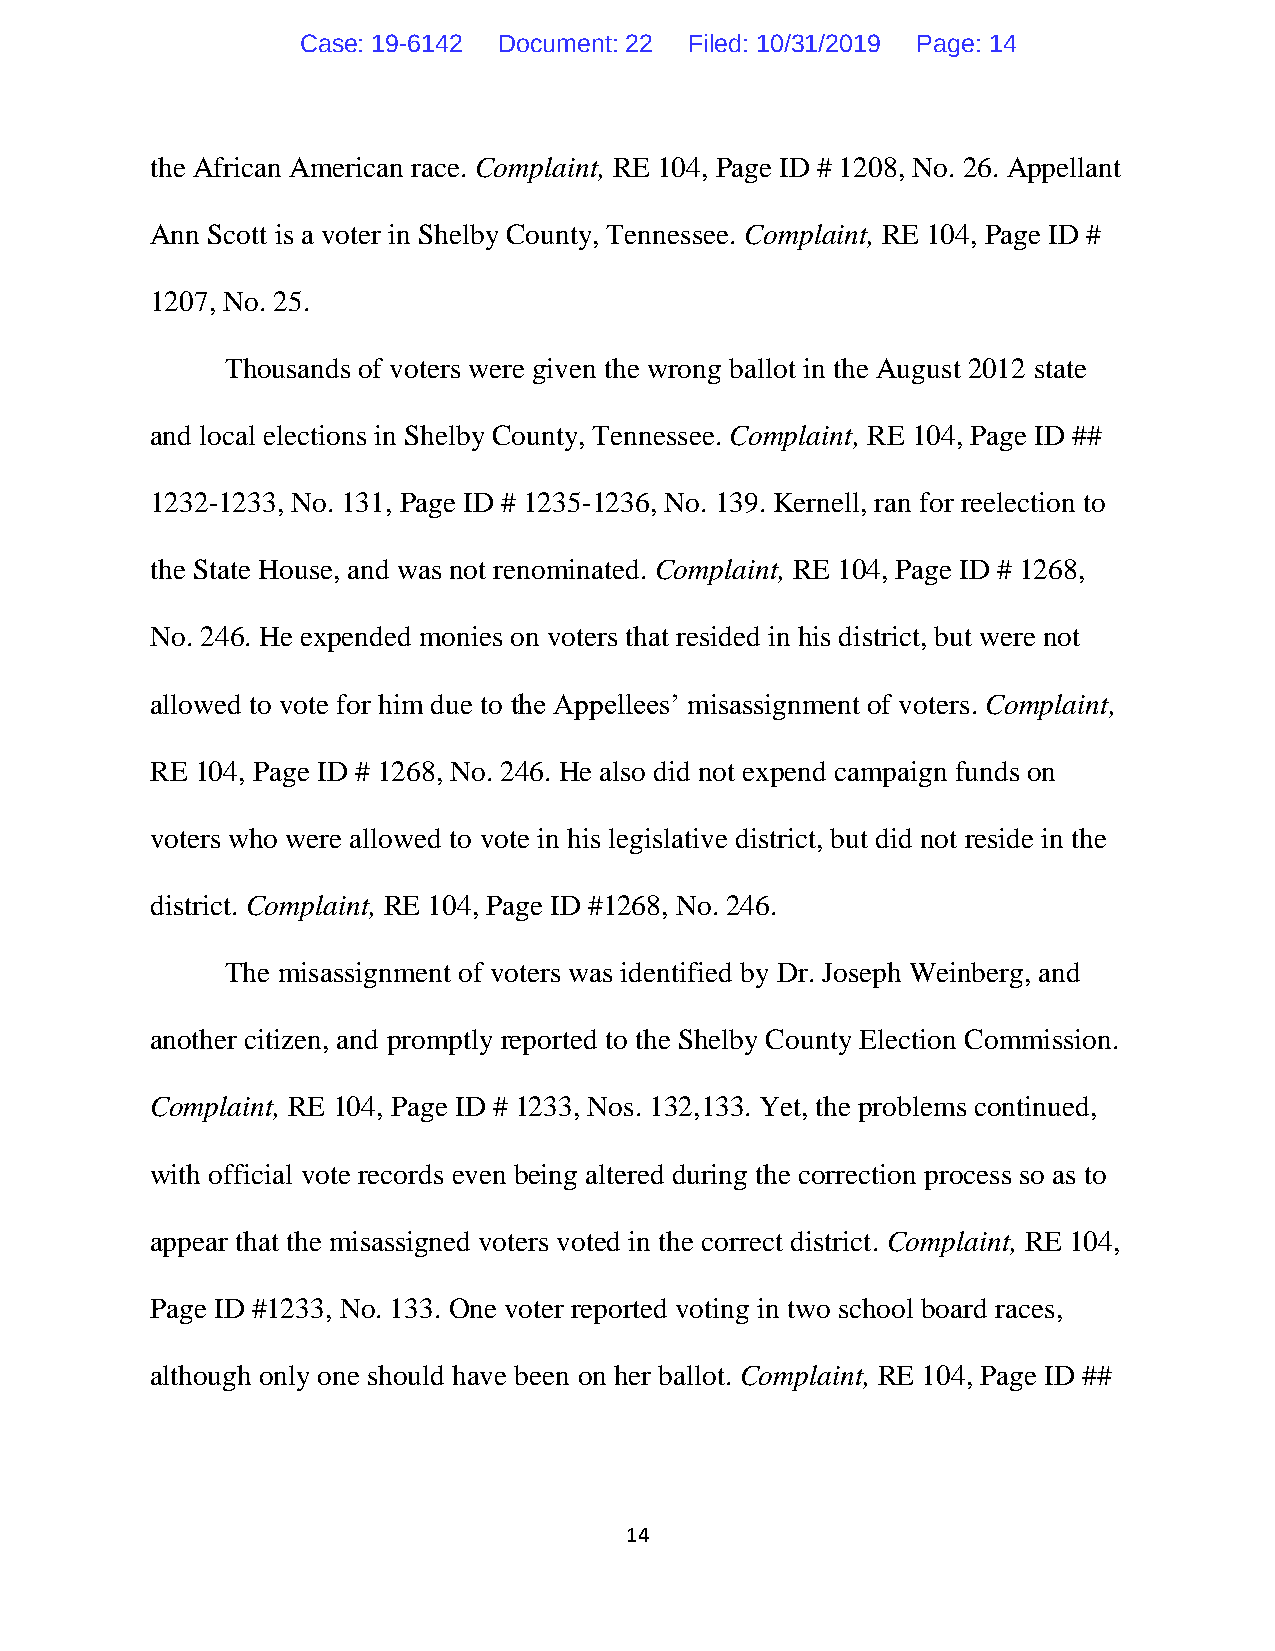
Case: 19-6142 Document: 22 Filed: 10/31/2019 Page: 14
 the African American race. Complaint, RE 104, Page ID # 1208, No. 26. Appellant
 Ann Scott is a voter in Shelby County, Tennessee. Complaint, RE 104, Page ID #
 1207, No. 25.
 Thousands of voters were given the wrong ballot in the August 2012 state
 and local elections in Shelby County, Tennessee. Complaint, RE 104, Page ID ##
 1232-1233, No. 131, Page ID # 1235-1236, No. 139. Kernell, ran for reelection to
 the State House, and was not renominated. Complaint, RE 104, Page ID # 1268,
 No. 246. He expended monies on voters that resided in his district, but were not
 allowed to vote for him due to the Appellees’ misassignment of voters. Complaint,
 RE 104, Page ID # 1268, No. 246. He also did not expend campaign funds on
 voters who were allowed to vote in his legislative district, but did not reside in the
 district. Complaint, RE 104, Page ID #1268, No. 246.
 The misassignment of voters was identified by Dr. Joseph Weinberg, and
 another citizen, and promptly reported to the Shelby County Election Commission.
 Complaint, RE 104, Page ID # 1233, Nos. 132,133. Yet, the problems continued,
 with official vote records even being altered during the correction process so as to
 appear that the misassigned voters voted in the correct district. Complaint, RE 104,
 Page ID #1233, No. 133. One voter reported voting in two school board races,
 although only one should have been on her ballot. Complaint, RE 104, Page ID ##
 14